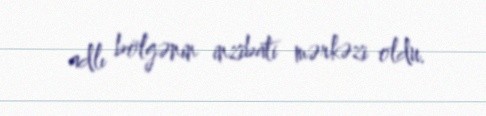
adlı bölgənin inzibati mərkəzi oldu.